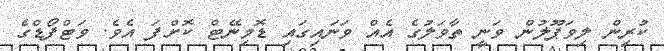
ކުރިން ލިވަޕޫލުން ވަނީ ތާވަލުގެ އެއް ވަނައިގައި ޑޮމިނޭޓް ކޮށްފަ އެވެ. ވަޓްފޯޑްގެ